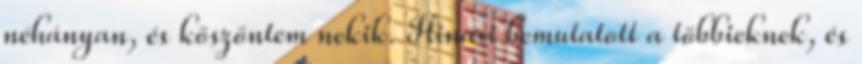
néhányan, és köszöntem nekik. Hinari bemutatott a többieknek, és